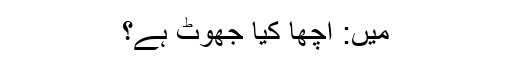
میں: اچھا کیا جھوٹ ہے؟